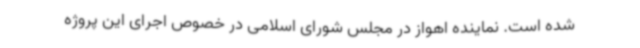
شده است. نماینده اهواز در مجلس شورای اسلامی در خصوص اجرای این پروژه